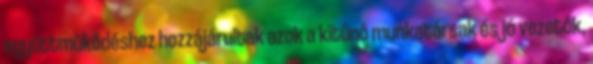
együttmûködéshez hozzájárultak azok a kitûnô munkatársak és jó vezetôk,